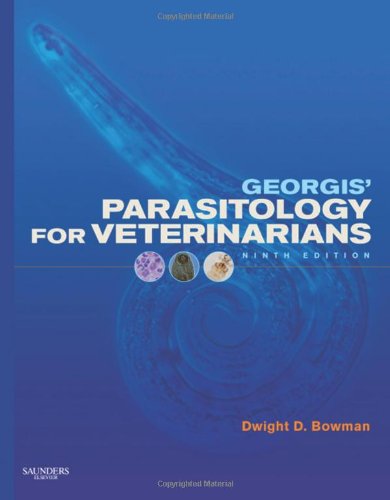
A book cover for Georgis' Parasitology for Veterinarians, 9e; Dwight D. Bowman MS  PhD; Medical Books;